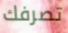
تصرفك